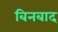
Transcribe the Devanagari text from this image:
बिनबाद